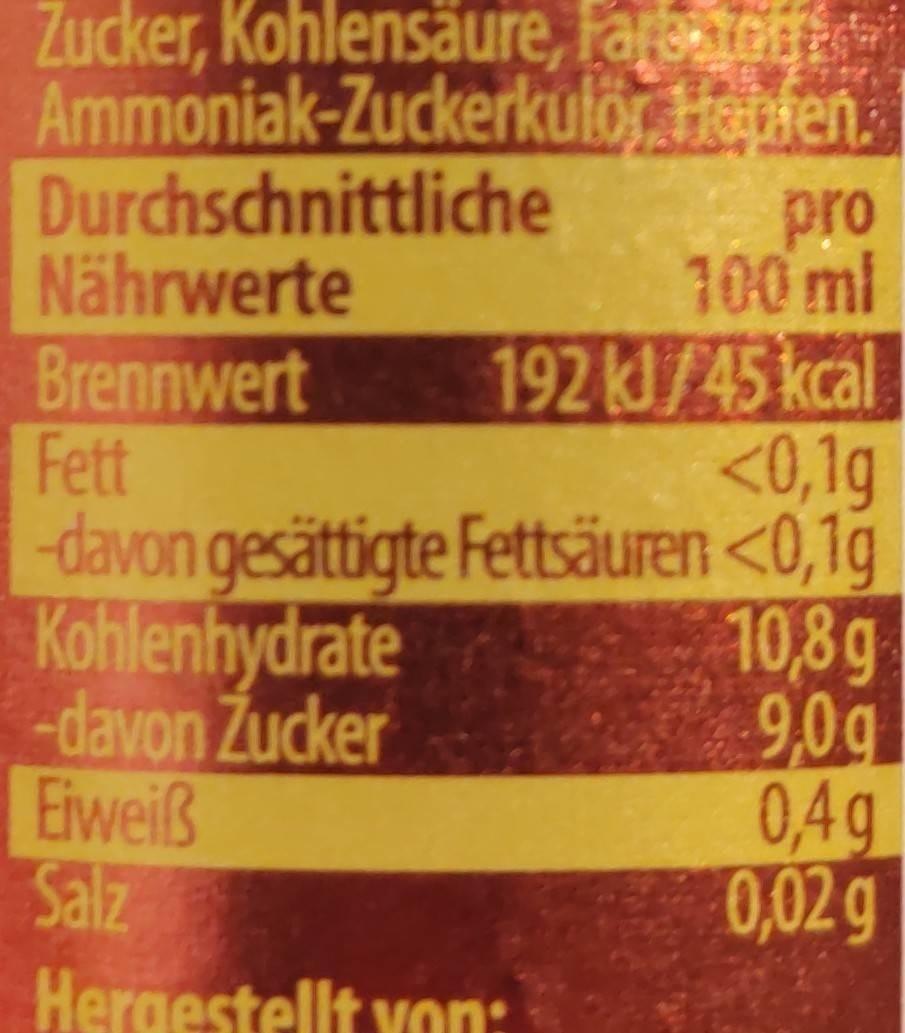
Zucker, Kohlensäure, fare store t Ammoniak-Zuckerkulör
Hopfen.
Durchschnittliche
pro 100 ml
192 kJ/45 kcal <0,1q
Fett
-davon gesättigte Fettsäuren <0,1g
Nährwerte
Brennwert
Kohlenhydrate -davon Zucker
Eiweiß
Salz
Hergestellt von:
10,8 g
9,09
0,4g
0,02 g